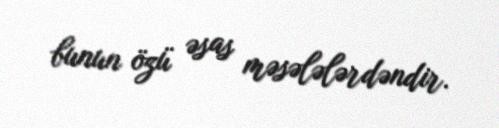
bunun özü əsas məsələlərdəndir.